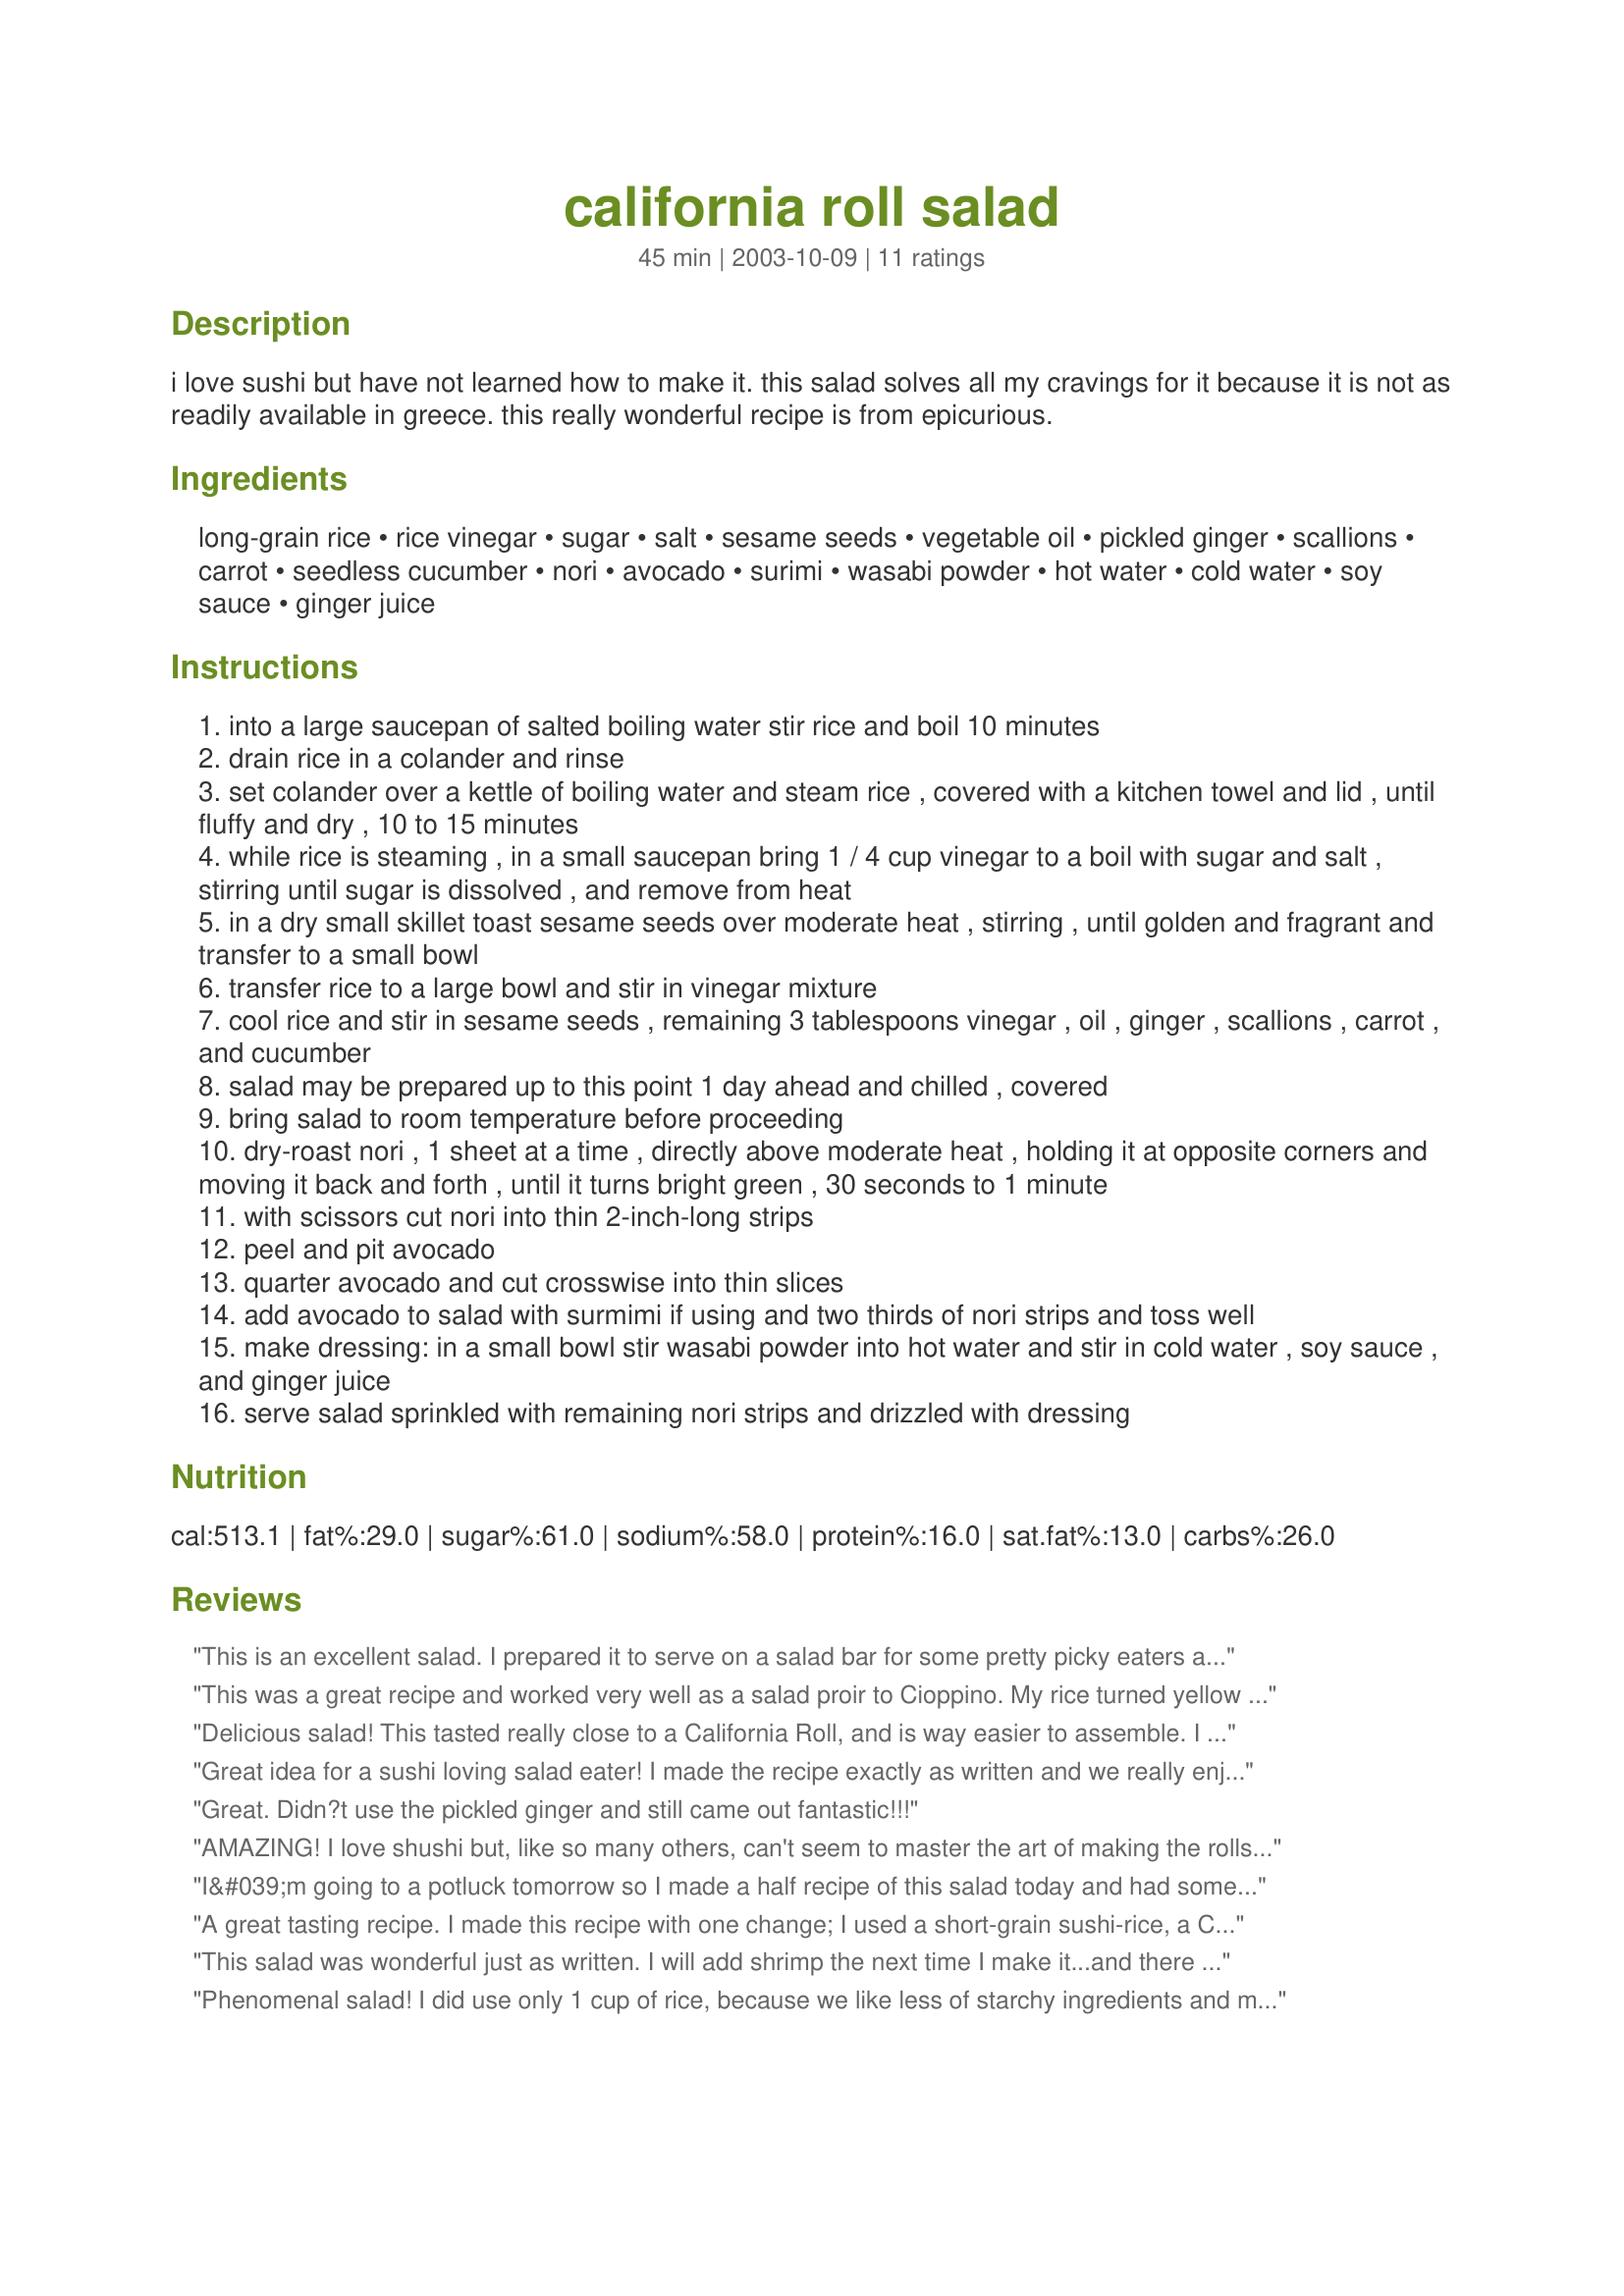
california roll salad
Preparation time: 45 minutes

i love sushi but have not learned how to make it. this salad solves all my cravings for it because it is not as readily available in greece. this really wonderful recipe is from epicurious.

Ingredients:
long-grain rice, rice vinegar, sugar, salt, sesame seeds, vegetable oil, pickled ginger, scallions, carrot, seedless cucumber, nori, avocado, surimi, wasabi powder, hot water, cold water, soy sauce, ginger juice

Steps:
into a large saucepan of salted boiling water stir rice and boil 10 minutes
drain rice in a colander and rinse
set colander over a kettle of boiling water and steam rice , covered with a kitchen towel and lid , until fluffy and dry , 10 to 15 minutes
while rice is steaming , in a small saucepan bring 1 / 4 cup vinegar to a boil with sugar and salt , stirring until sugar is dissolved , and remove from heat
in a dry small skillet toast sesame seeds over moderate heat , stirring , until golden and fragrant and transfer to a small bowl
transfer rice to a large bowl and stir in vinegar mixture
cool rice and stir in sesame seeds , remaining 3 tablespoons vinegar , oil , ginger , scallions , carrot , and cucumber
salad may be prepared up to this point 1 day ahead and chilled , covered
bring salad to room temperature before proceeding
dry-roast nori , 1 sheet at a time , directly above moderate heat , holding it at opposite corners and moving it back and forth , until it turns bright green , 30 seconds to 1 minute
with scissors cut nori into thin 2-inch-long strips
peel and pit avocado
quarter avocado and cut crosswise into thin slices
add avocado to salad with surmimi if using and two thirds of nori strips and toss well
make dressing: in a small bowl stir wasabi powder into hot water and stir in cold water , soy sauce , and ginger juice
serve salad sprinkled with remaining nori strips and drizzled with dressing

Reviews:
This is an excellent salad. I prepared it to serve on a salad bar for some pretty picky eaters and left out the avocado (afraid of browning) and the dressing (afraid it would be too spicy for their tastes). I added some extra rice vinegar to up the flavor. They inhaled it, and I had no leftovers. I saved back a small portion for my own lunch and added the avocado and dressing...it was divine. :) I love California Rolls, and will be making this salad often. Thanks for posting.
This was a great recipe and worked very well as a salad proir to Cioppino. My rice turned yellow with the addition of carrots
Delicious salad! This tasted really close to a California Roll, and is way easier to assemble. I especially like the addition of the minced pickled ginger and nori...made it seem authentic. :) I didn't include ginger juice in the dressing, because I'd added a lot of pickled ginger to the salad. Thanks for posting!
Great idea for a sushi loving salad eater! I made the recipe exactly as written and we really enjoyed it. All the flavours of our favorite veggie sushi without the hassle of making the rolls. Good one evelyn!
Great. Didn?t use the pickled ginger and still came out fantastic!!!
AMAZING! I love shushi but, like so many others, can't seem to master the art of making the rolls. This is a great tasting and easy alternative. I omitted the ginger and added more avocado simply because that's my preference. I've begun to apply this concept to some of my other sushi favorites - thanks so much for posting it! :o)
I&#039;m going to a potluck tomorrow so I made a half recipe of this salad today and had some friends sample it for me. Omg, I could have tripled this and it would have been gone. Everyone including me LOVED it. I used brown rice and a seaweed black sesame seed seasoning instead of the nori strips but I gotta say this was like eating a California roll. My supermarket stopped carrying real canned crab so I bit the bullet and used the immitation stuff, who cared...NO ONE!!! They ate it all before I could even snap a photo. So with this test in mind, I&#039;m tripling the recipe for tomorrow. Don&#039;t okit the ginger...it is essential to the flavor! I&#039;m going to rock the potluck tomorrow. GREAT RECIPE!!!!
A great tasting recipe. I made this recipe with one change; I used a short-grain sushi-rice, a Calrose type, which I microwaved.
This salad was wonderful just as written. I will add shrimp the next time I make it...and there definitely will be a next time...and soon!!! Easy to prepare and delicious the next day too! Thanks Evelyn...you've allowed me to enjoy a California Roll with little effort and a <br/>delicious taste!
Phenomenal salad! I did use only 1 cup of rice, because we like less of starchy ingredients and more of other bits in our food and 1 cup of rice normally is more than enough for 4, the way we eat. Other than that, absolutely no changes. Still was a large serving for 4. So full of those California roll flavours!
Tastes just like a California Roll!! We loved it ~ a truly unique salad that cures those sushi cravings for sure. I used jasmine rice and followed instructions pretty much as planned. I skipped toasting the sesame seads as I already had some toasted. I also used wasabi paste (about 1 tsp) instead of powder as that's what I had on hand. Thanks for the wonderful salad experience!!
